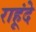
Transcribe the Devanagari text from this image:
राहूंदे